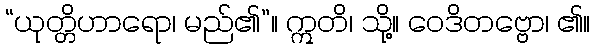
“ယုတ္တိဟာရော၊ မည်၏”။ ဣတိ၊ သို့။ ဝေဒိတဗ္ဗော၊ ၏။